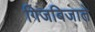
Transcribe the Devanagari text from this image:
गिजबिजाते